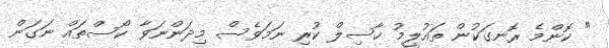
" ކޮންމެ ރޮނގަކުން ތައުލީމު ހާސިލް ކުރި ނަމަވެސް މިދަންނަވާ ކޯސްތައް ނަގަން